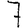
Digit: 7